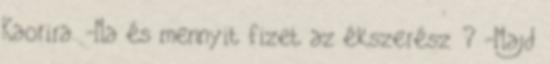
Kaorira. -Na és mennyit fizet az ékszerész ? -Majd